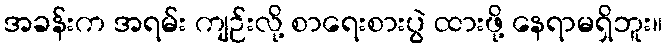
အခန်းက အရမ်း ကျဉ်းလို့ စာရေးစားပွဲ ထားဖို့ နေရာမရှိဘူး။